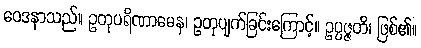
ဝေဒနာသည်။ ဥတုပရိဏာမေန၊ ဥတုပျက်ခြင်းကြောင့်။ ဥပ္ပဇ္ဇတိ၊ ဖြစ်၏။